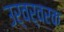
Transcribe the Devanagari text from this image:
उर्वर्वरक